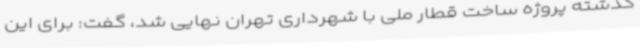
گذشته پروژه ساخت قطار ملی با شهرداری تهران نهایی شد، گفت: برای این